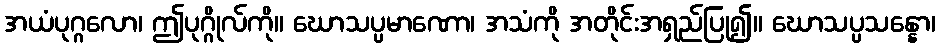
အယံပုဂ္ဂလော၊ ဤပုဂ္ဂိုလ်ကို။ ဃောသပ္ပမာဏော၊ အသံကို အတိုင်းအရှည်ပြု၍။ ဃောသပ္ပသန္နော၊